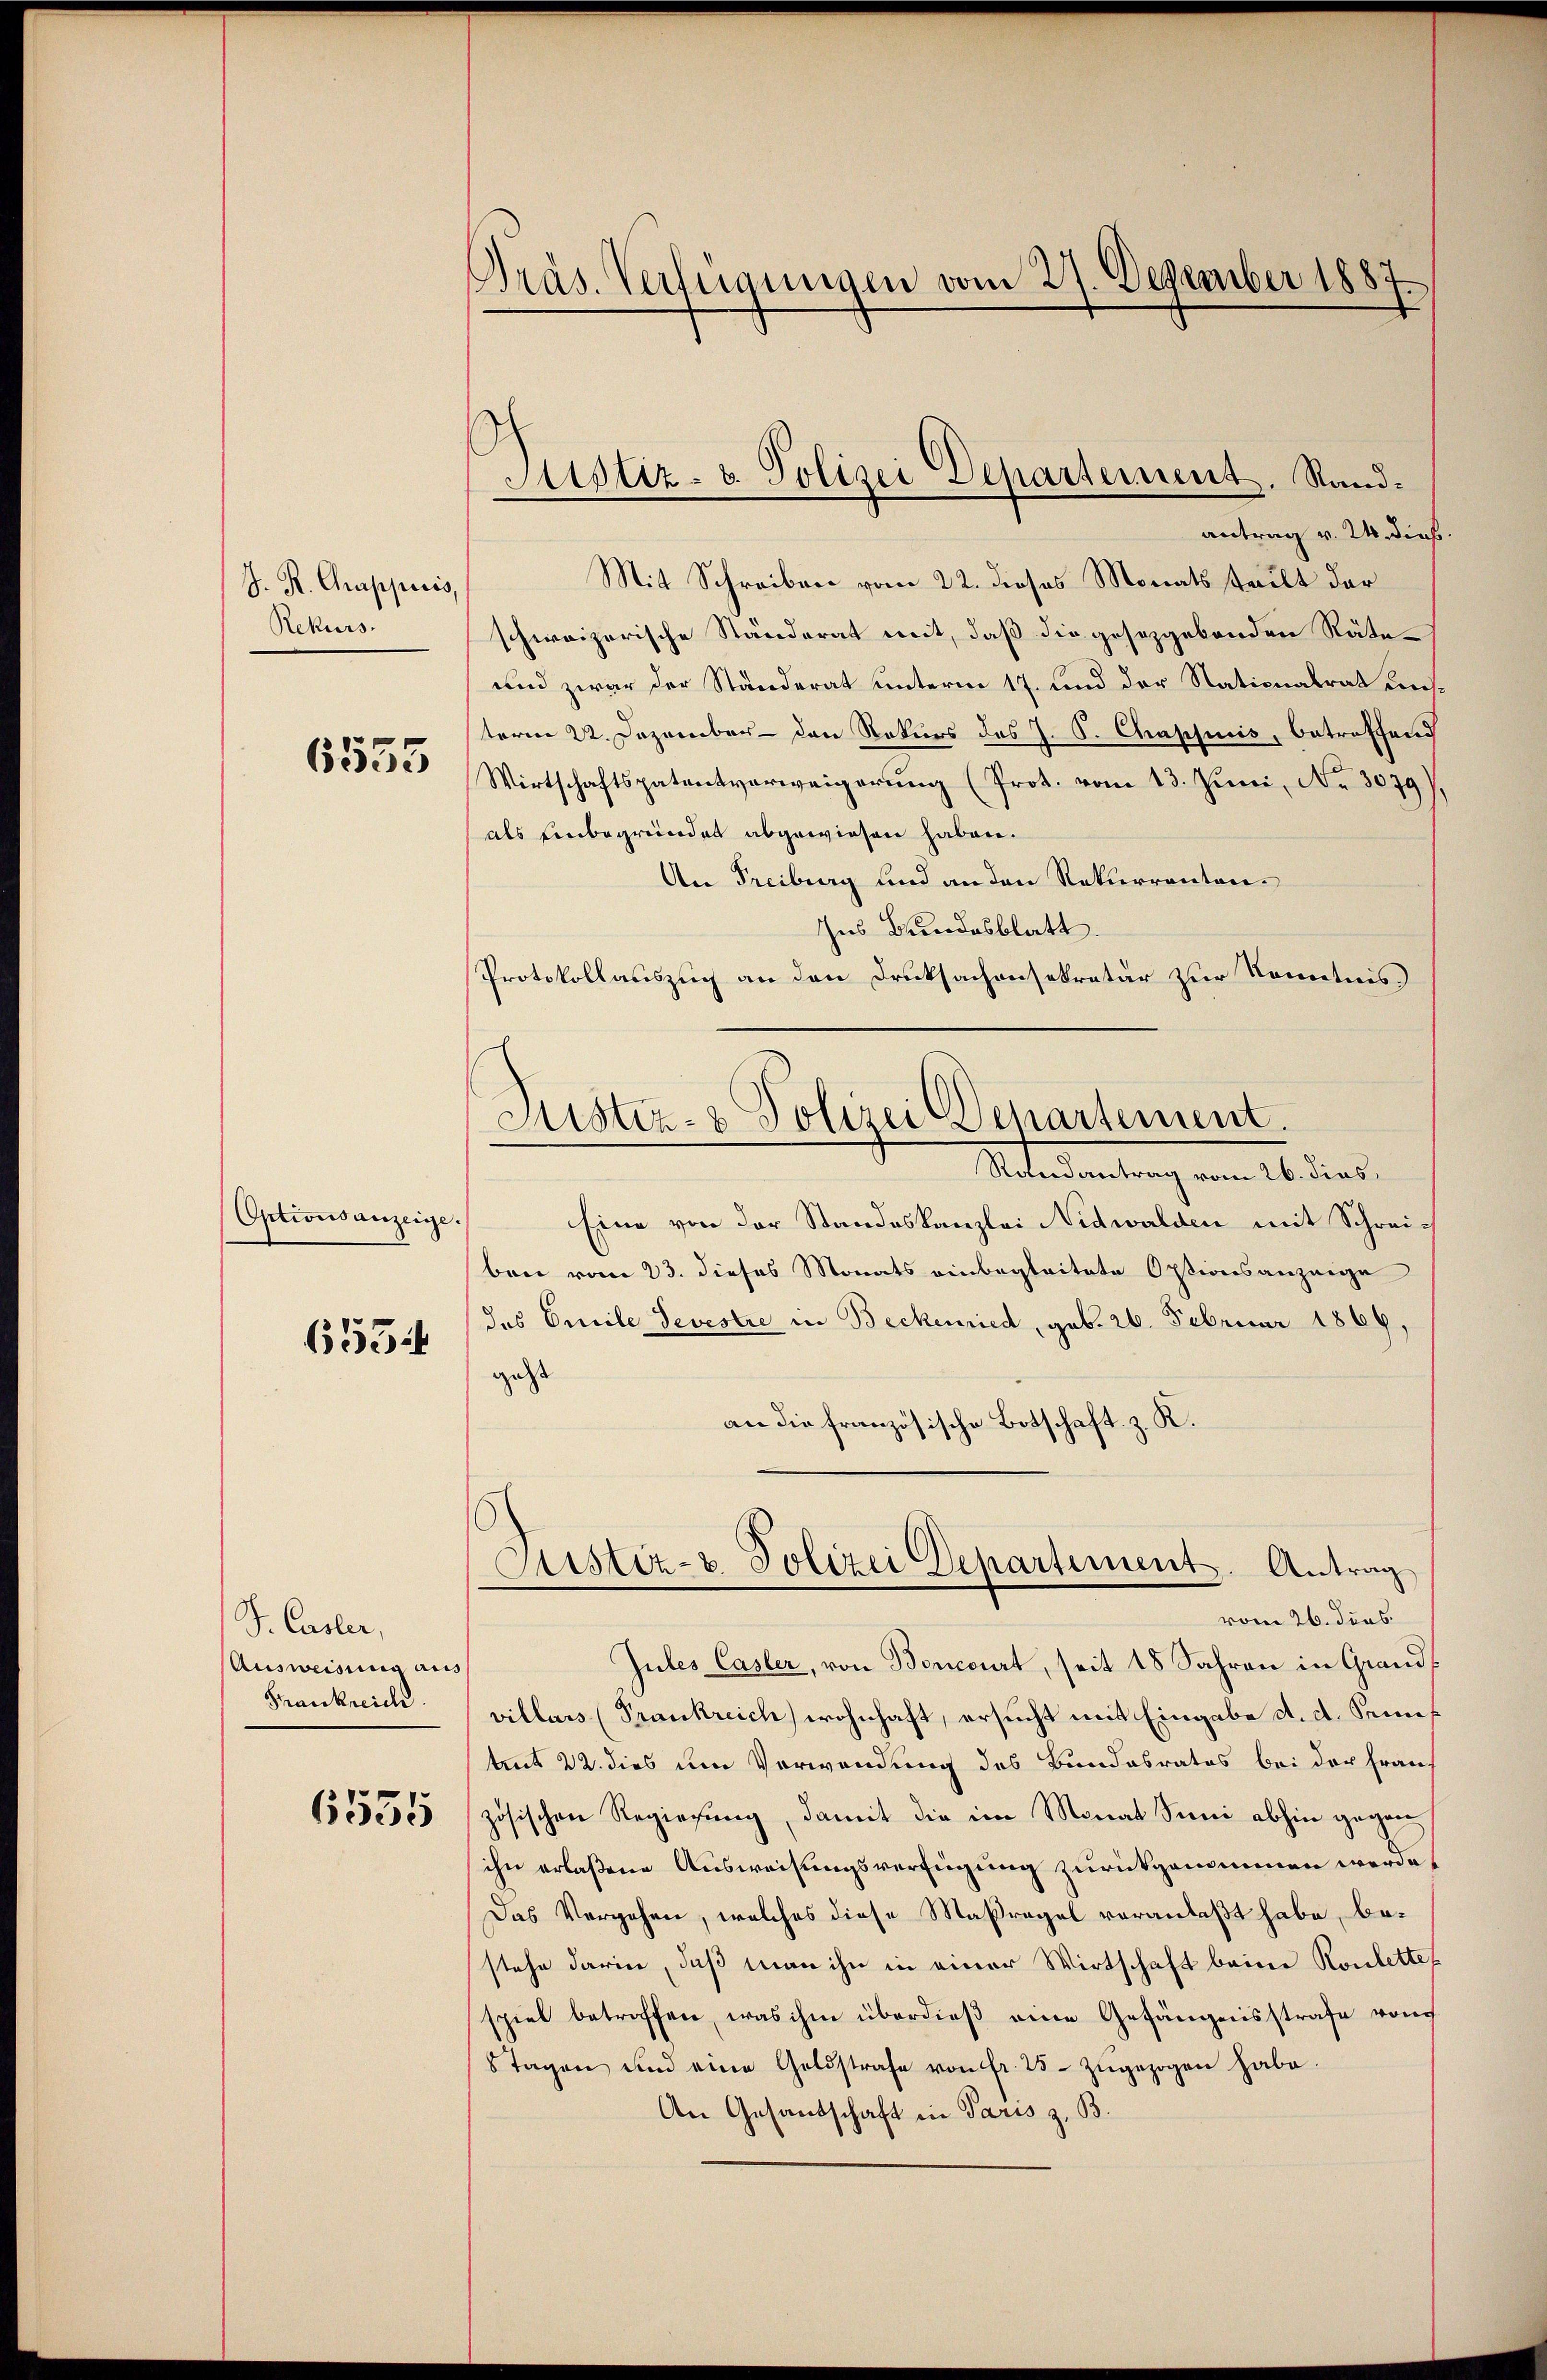
J. R. Chrappiris,
Rekurs

6555

Optionsanzeige.

6554

S. Casler,
Ausweisung aus
Frankreich.

6535

Präs. Verfügungen vom 27. Dezember 1887

Mit Schreiben vom 22. dieses Monats teilt der
schweizerische Ständerat mit, daß die gesetzgebenden Räte¬
und zwar der Ständerat unterm 17. und der Nationalrat unterm 22. Dezember - den Rekurs des J. S. Chappuis, betreffend
Wirtschaftspatentverweigerung (Prot. vom 13. Juni, No 3079),
als Einbegründet abgewiesen haben.
An Freiburg und an den Rekurrenten¬
Zus Bundesblatt.
Protokollauszug an den Drucksachensekretär zur Kenntnis.

Justiz- u. Polizei Departement. Sandantrag v. 24 dieß.

Justiz- & Polizei Departement.

Randantrag vom 26. Fins
Eine von der Standeskanzlei Nidwalden mit Schreiben vom 23. dieses Monats einbegleitete Optionsanzeige
des Emile Devestre in Beckenried, geb. 26. Februar 1869,
gest
an die französische Botschaft z. R.
vom 26. dies
Jules Casler, von Boncourt, seit 18 Jahren in Grand
villais (Trankreich wohnhaft, ersucht mit Eingabe d. d. Semes
teit 22. dies um Verwendung des Bundesrates bei der Frau
zösischen Regierung, damit die im Monat Sei abhin gegen
ihn erlaßene Ausweisungsverfügung zurückgenommen werde
Das Vergehen, welches diese Maßregel veranlaßt habe, bestehe darin, daß man ihn in einer Wirtschaft beime Roulettes
spiel betroffen, was ihm überdieβ eine Gefängnisstrafe von
8 Tagen und eine Geldstrafe von fr. 25. zugezogen habe.
An Gesandschaft in Paris z. B.

Austiz- & Polizei Departement. Antrag